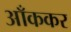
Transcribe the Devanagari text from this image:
आँककर